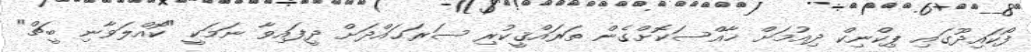
ފޯކައިދޫގައި ޕިކްނިކް ދިއުމަށް ޚާއްސަކޮށްގެން ތަރައްޤީކުރި ސަރަޙައްދަށް ދީފައިވާ ނަމަކީ "ކޮއްލަވާނި ބީޗް"